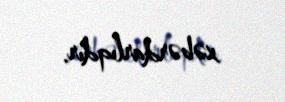
xəbərdarlıqdır.